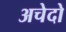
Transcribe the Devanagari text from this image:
अचेदो